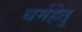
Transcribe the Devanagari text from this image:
धर्महेतु